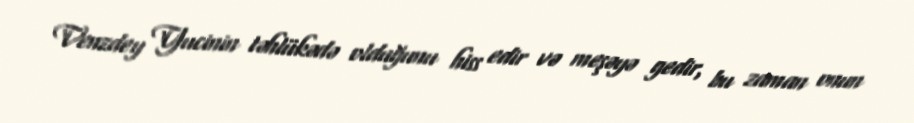
Venzdey Yucinin təhlükədə olduğunu hiss edir və meşəyə gedir, bu zaman onun